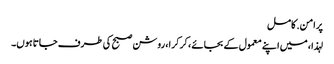
پرامن. کامل
لہذا ، میں اپنے معمول کے بجائے ، کرکرا ، روشن صبح کی طرف جاتا ہوں۔